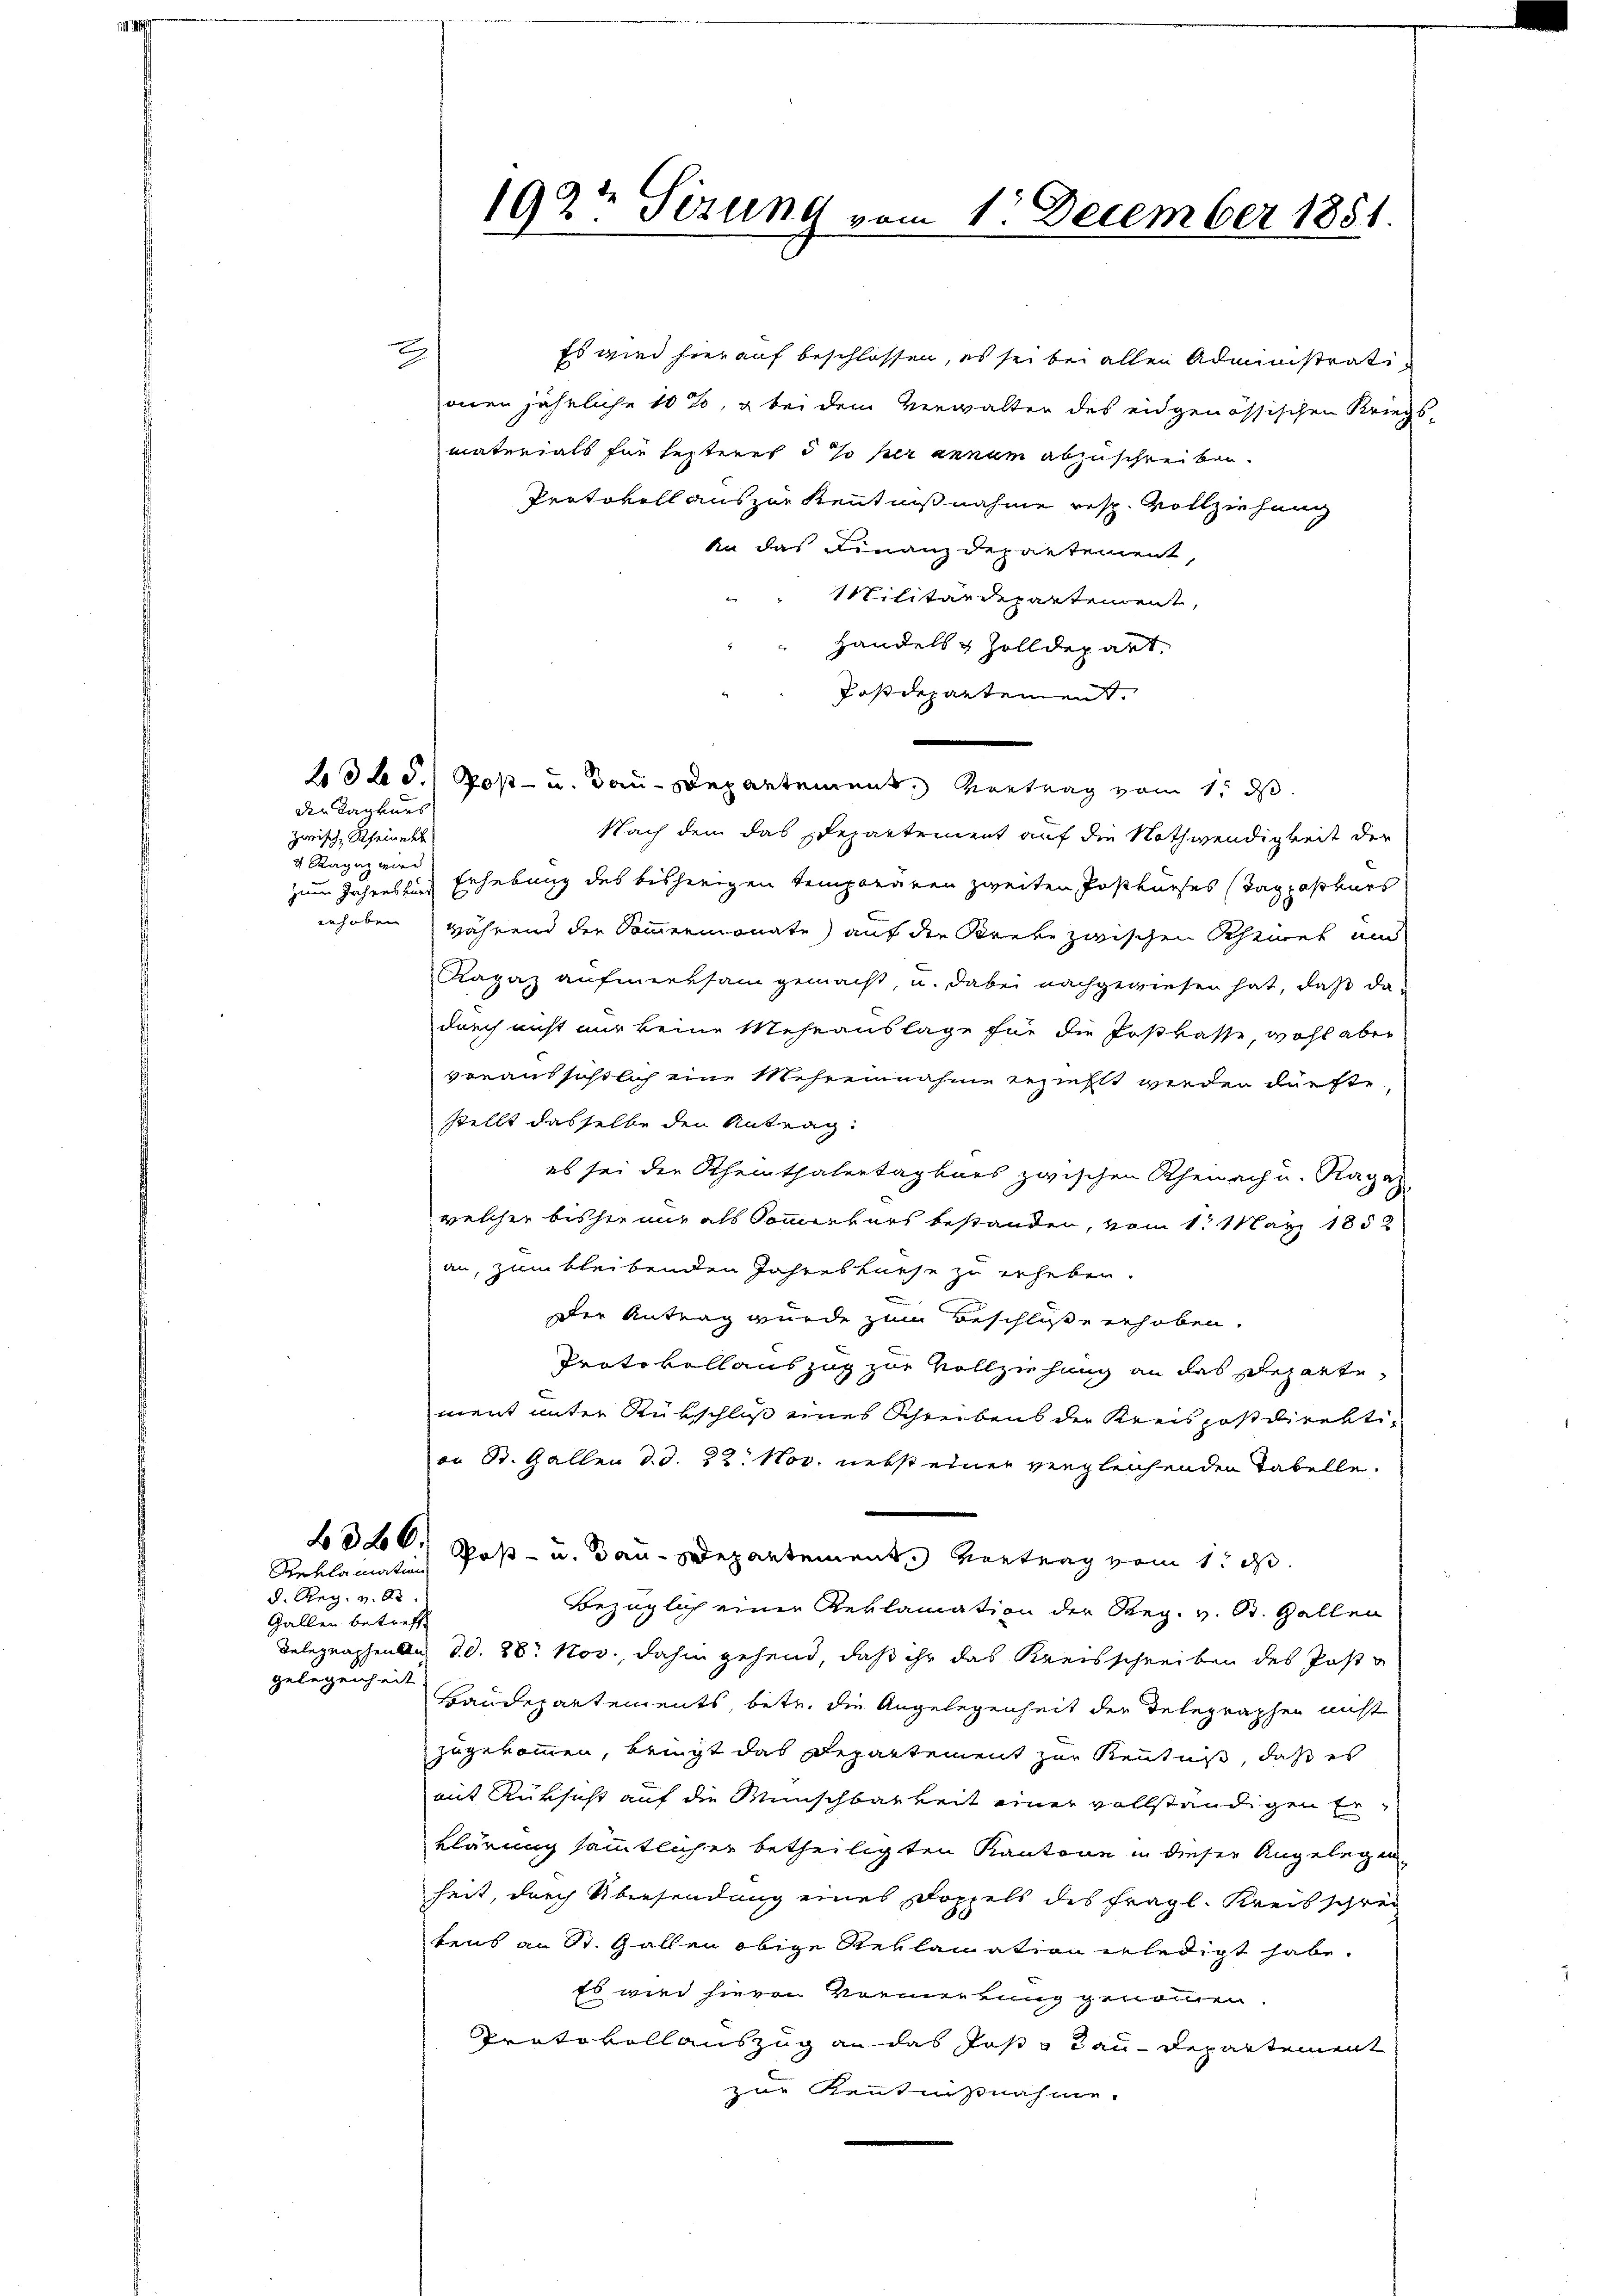
2

der Tagkurs
zwisch Rheine
4 Ragaz wird

Reklamation
d. Reg. v. 8.
Gallen betreff
gelegenheit

192t Sirung vom 1. December 1851.

Es wird hierauf beschlossen, es sei bei allen Administrationen jährliche 10%, & bei dem Verwalter des eidgenössischen Kriegs
materials für lezteres so her annum abzuschreiben.
Protokoll aus zur Kenntnißnahme resp. Vollziehung
ka das Finanzdepartement,
Militärdepartement,
Handels & Zolldepart.
Postdepartement.
232. d. Post- u. dann Departement, Kontrag vom 1. ds
Nach dem das Departement auf die Nothwendigkeit der
zum Jahresbach Erhebung des bisherigen temperiren zweiten Postkurses Tag posters
erhoben während der Sommermonate) auf die Krete zwischen Scheinet und
Ragaz aufmerksam gemacht, u. dabei nachgewiesen hat, daß dadurch nicht nur keine Mehrauslage für die Postkasse, wohl aber
voraussöstlich eine Mehreinahme erziehlt werden dürfte.
stellt dasselbe den Antrag:
es sei der Scheinthalertag bars zwischen Rheinach u. Ragaz
welcher bisher nur als Sommerbars bestanden, vom 1. März 1852
an, zum bleibenden Jahres liese zu erheben.
Der Antrag wurde zum Beschlüße erhoben.
Protokollauszug zur Vollziehung an das Reparte
ment unter Rükschluß eines Schreibens der Kreispostdirektian St. Gallen d. d. 22. Nov. nebst einer vergleichenden Tabelle,
402. Post- u. Bau-Departement vortrag vom 1. d.
Bezüglich einer Reklamation der Reg. v. St. Gallen
Delegraphenau d.d. 28. Nov. dahin gehend, daß ihr das Kreisschreiben des Poste
Baudepartements, betr. die Angelegenheit der Telegraphen nicht
zugekommen, bringt das Departement zur Kenntniß, daß es
mit Rüksicht auf die Wünschbarkeit einer vollständigen Erklärung sämmtlicher betheiligten Kantone in dieser Angelegenheit, durch Übersendung eines Doppels des fragl. Kreisschrei
tens an St. Gallen obige Reklamation erledigt habe.
Es wird hievon Vormerkung genommen.
Protokollauszug an das Jos & Bau-Departement
zur Kentnißnahme.

s